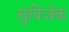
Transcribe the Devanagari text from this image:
सुविजेक